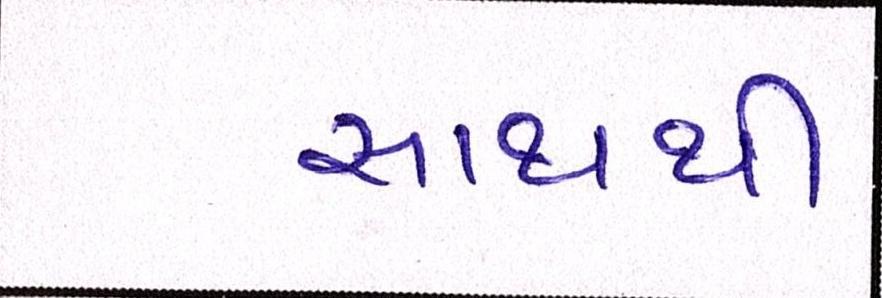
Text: સાથથી